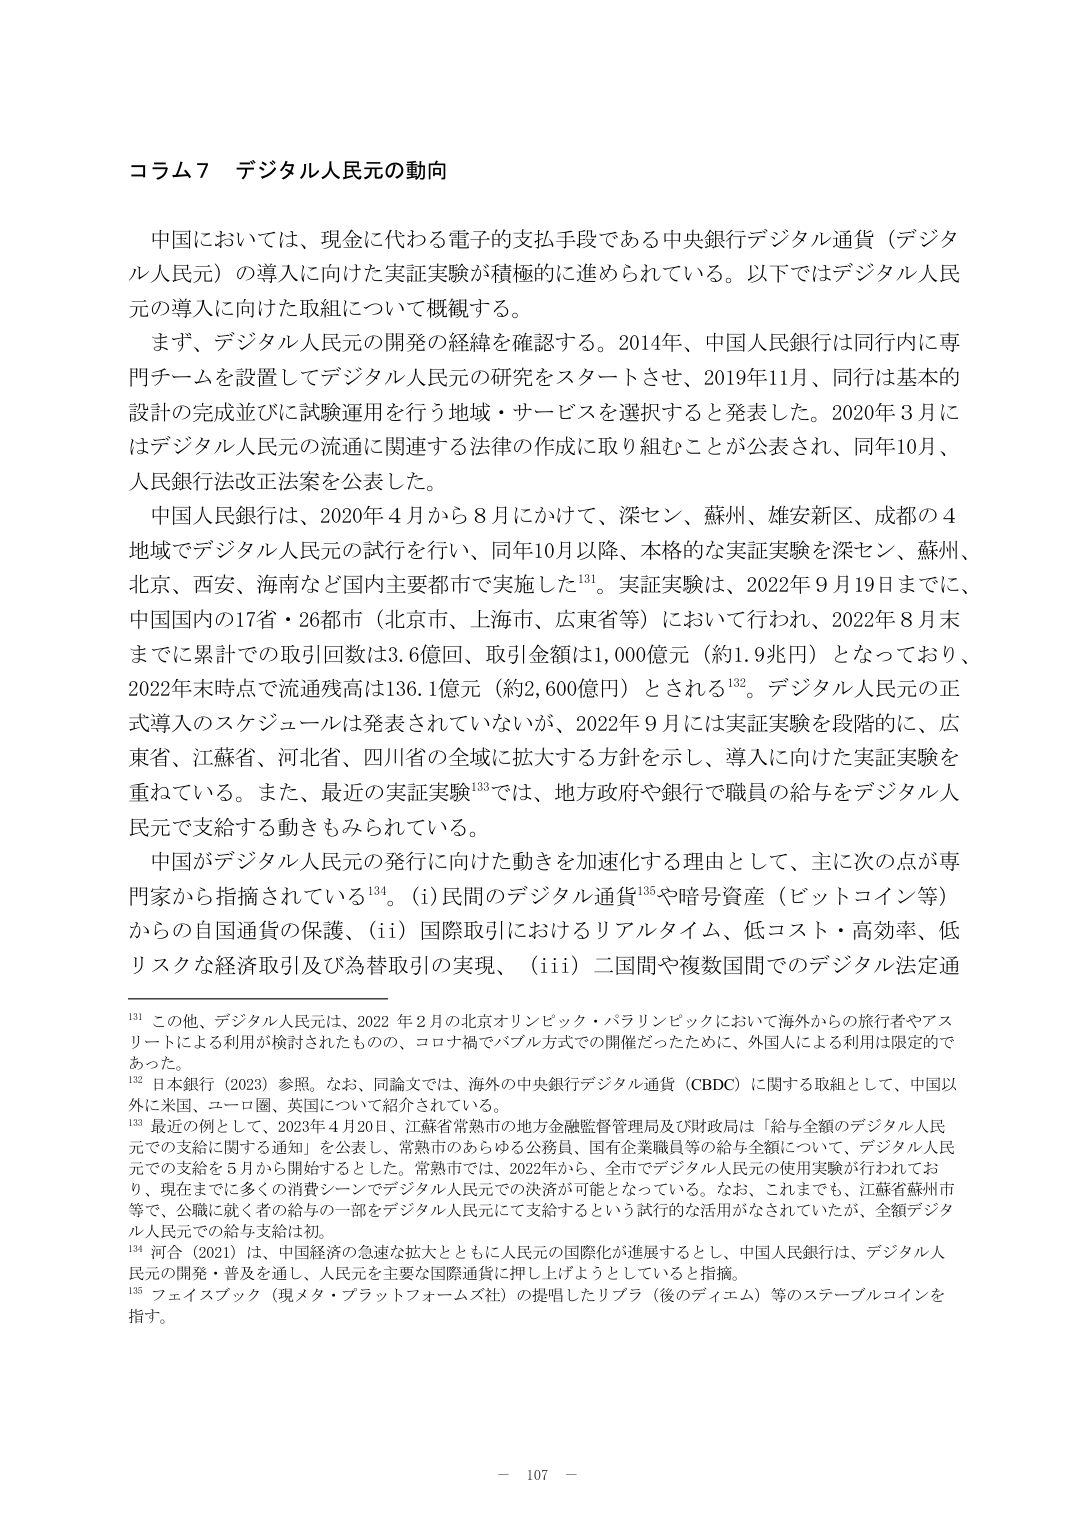
コラム７ デジタル人民元の動向

中国においては、現金に代わる電子的支払手段である中央銀行デジタル通貨（デジタル人民元）の導入に向けた実証実験が積極的に進められている。以下ではデジタル人民元の導入に向けた取組について概観する。

まず、デジタル人民元の開発の経緯を確認する。2014年、中国人民銀行は同行内に専門チームを設置してデジタル人民元の研究をスタートさせ、2019年11月、同行は基本的設計の完成並びに試験運用を行う地域・サービスを選択すると発表した。2020年3月にはデジタル人民元の流通に関連する法律の作成に取り組むことが公表され、同年10月、人民銀行法改正法案を公表した。

中国人民銀行は、2020年4月から8月にかけて、深セン、蘇州、雄安新区、成都の4地域でデジタル人民元の試行を行い、同年10月以降、本格的な実証実験を深セン、蘇州、北京、西安、海南など国内主要都市で実施した¹³¹。実証実験は、2022年9月19日までに、中国国内の17省・26都市（北京市、上海市、広東省等）において行われ、2022年8月末までに累計での取引回数は3.6億回、取引金額は1,000億元（約1.9兆円）となっており、2022年末時点で流通残高は136.1億元（約2,600億円）とされる¹³²。デジタル人民元の正式導入のスケジュールは発表されていないが、2022年9月には実証実験を段階的に、広東省、江蘇省、河北省、四川省の全域に拡大する方針を示し、導入に向けた実証実験を重ねている。また、最近の実証実験¹³³では、地方政府や銀行で職員の給与をデジタル人民元で支給する動きもみられている。

中国がデジタル人民元の発行に向けた動きを加速化する理由として、主に次の点が専門家から指摘されている¹³⁴。（i）民間のデジタル通貨¹³⁵や暗号資産（ビットコイン等）からの自国通貨の保護、（ii）国際取引におけるリアルタイム、低コスト・高効率、低リスクな経済取引及び為替取引の実現、（iii）二国間や複数国間でのデジタル法定通

¹³¹ この他、デジタル人民元は、2022年2月の北京オリンピック・パラリンピックにおいて海外からの旅行者やアスリートによる利用が検討されたものの、コロナ禍でバブル方式での開催だったために、外国人による利用は限定的であった。

¹³² 日本銀行（2023）参照。なお、同論文では、海外の中央銀行デジタル通貨（CBDC）に関する取組として、中国以外に米国、ユーロ圏、英国について紹介されている。

¹³³ 最近の例として、2023年4月20日、江蘇省常熟市の地方金融監督管理局及び財政局は「給与全額のデジタル人民元での支給に関する通知」を公表し、常熟市のあらゆる公務員、国有企業職員等の給与全額について、デジタル人民元での支給を5月から開始するとした。常熟市では、2022年から、全市でデジタル人民元の使用実験が行われており、現在までに多くの消費シーンでデジタル人民元での決済が可能となっている。なお、これまでも、江蘇省蘇州市等で、公職に就く者の給与の一部をデジタル人民元にて支給するという試行的な活用がなされていたが、全額デジタル人民元での給与支給は初。

¹³⁴ 河合（2021）は、中国経済の急速な拡大とともに人民元の国際化が進展するとし、中国人民銀行は、デジタル人民元の開発・普及を通し、人民元を主要な国際通貨に押し上げようとしていると指摘。

¹³⁵ フェイスブック（現メタ・プラットフォームズ社）の提唱したリブラ（後のディエム）等のステーブルコインを指す。

－ 107 －